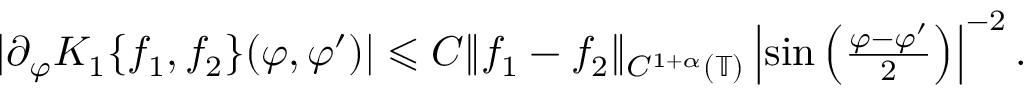
\begin{array} { r } { | \partial _ { \varphi } K _ { 1 } \{ f _ { 1 } , f _ { 2 } \} ( \varphi , \varphi ^ { \prime } ) | \leqslant C \| f _ { 1 } - f _ { 2 } \| _ { C ^ { 1 + \alpha } ( \mathbb { T } ) } \left| \sin \left( \frac { \varphi - \varphi ^ { \prime } } { 2 } \right) \right| ^ { - 2 } . } \end{array}